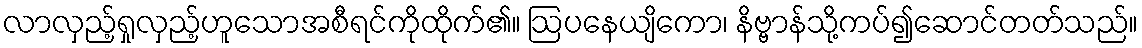
လာလှည့်ရှုလှည့်ဟူသောအစီရင်ကိုထိုက်၏။ ဩပနေယျိကော၊ နိဗ္ဗာန်သို့ကပ်၍ဆောင်တတ်သည်။